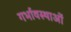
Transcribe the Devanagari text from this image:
गर्भावस्‍थाओं